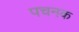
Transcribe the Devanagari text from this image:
पचनक